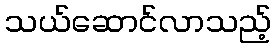
သယ်ဆောင်လာသည့်